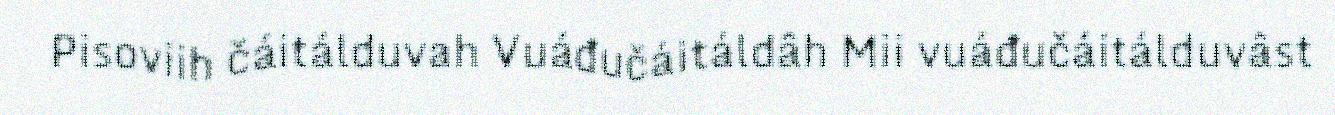
Pisoviih čáitálduvah Vuáđučáitáldâh Mii vuáđučáitálduvâst